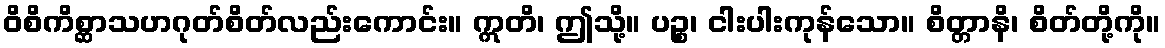
ဝိစိကိစ္ဆာသဟဂုတ်စိတ်လည်းကောင်း။ ဣတိ၊ ဤသို့။ ပဉ္စ၊ ငါးပါးကုန်သော။ စိတ္တာနိ၊ စိတ်တို့ကို။